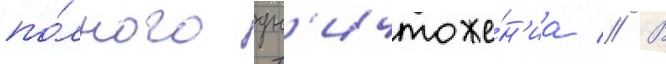
по́лного ун'ичтоже́н'иа // В